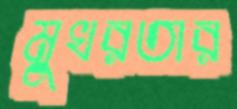
মুখরতার